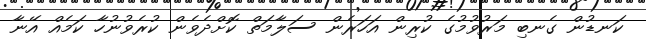
ކަނޑުން ގެނބި މަރުވުމުގެ ކުރިން އަހަރެން ސަލާމަތް ކޮށްދެވެން ކުރެވުނުހާ ކަމެއް އޭނާ